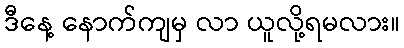
ဒီနေ့ နောက်ကျမှ လာ ယူလို့ရမလား။